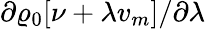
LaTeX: \partial\varrho_{\mathrm{0}}[\nu+\lambda v_{m}]/\partial\lambda